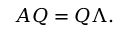
A Q = Q \Lambda .